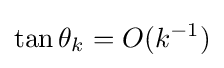
\tan \theta _{k}=O(k^{-1})